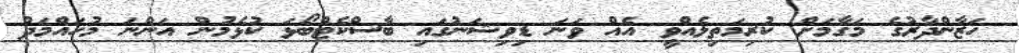
ހަޒާންދާރުގެ މަގާމަށް ކުރިމަތިލެއްވީ އެއް ވަނަ ޑިވިޝަނުގައި ބާސްކެޓްބޯޅަ ކުޅެމުން އަންނަ މުހައްމަދު